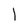
Character: 1